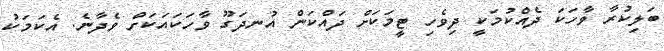
ބަލިކުރާ ވާހަކަ ދެއްކުމަކީ ދިވެހި ޓީމަކަށް ދައްކަން އުނދަގޫ ވާހަކައަކަށް ވެދާނެ. އެކަމަކު